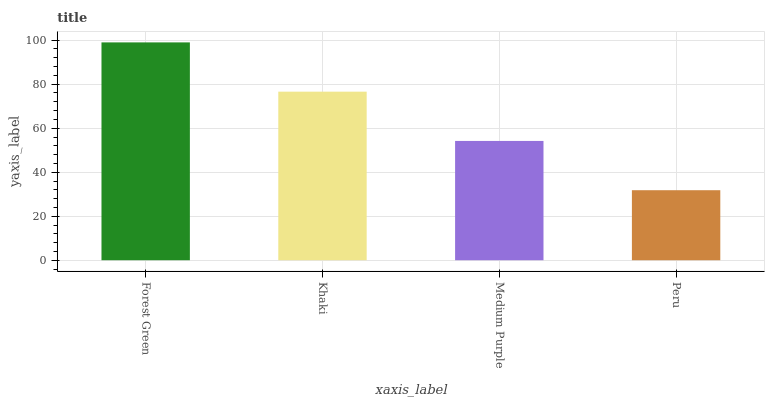
| xaxis_label | bars |
 | --- | --- |
 | Forest Green | 99 |
 | Khaki | 76.6 |
 | Medium Purple | 54.2 |
 | Peru | 31.8 |